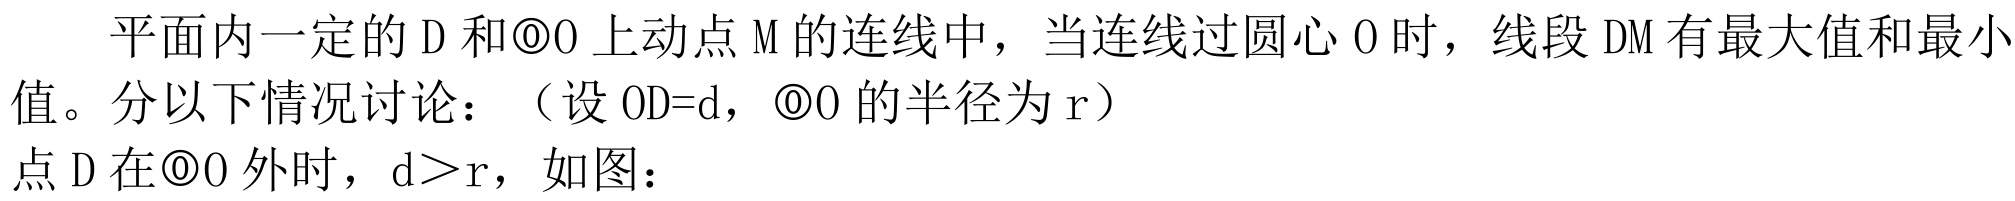
平面内一定的 \(D\) 和\(\odot O\) 上动点 \(M\) 的连线中，当连线过圆心 \(O\) 时，线段 \(DM\) 有最大值和最小值。分以下情况讨论：（设 \(OD = d\)，\(\odot O\) 的半径为 \(r\)）
点 \(D\) 在\(\odot O\) 外时，\(d>r\)，如图：